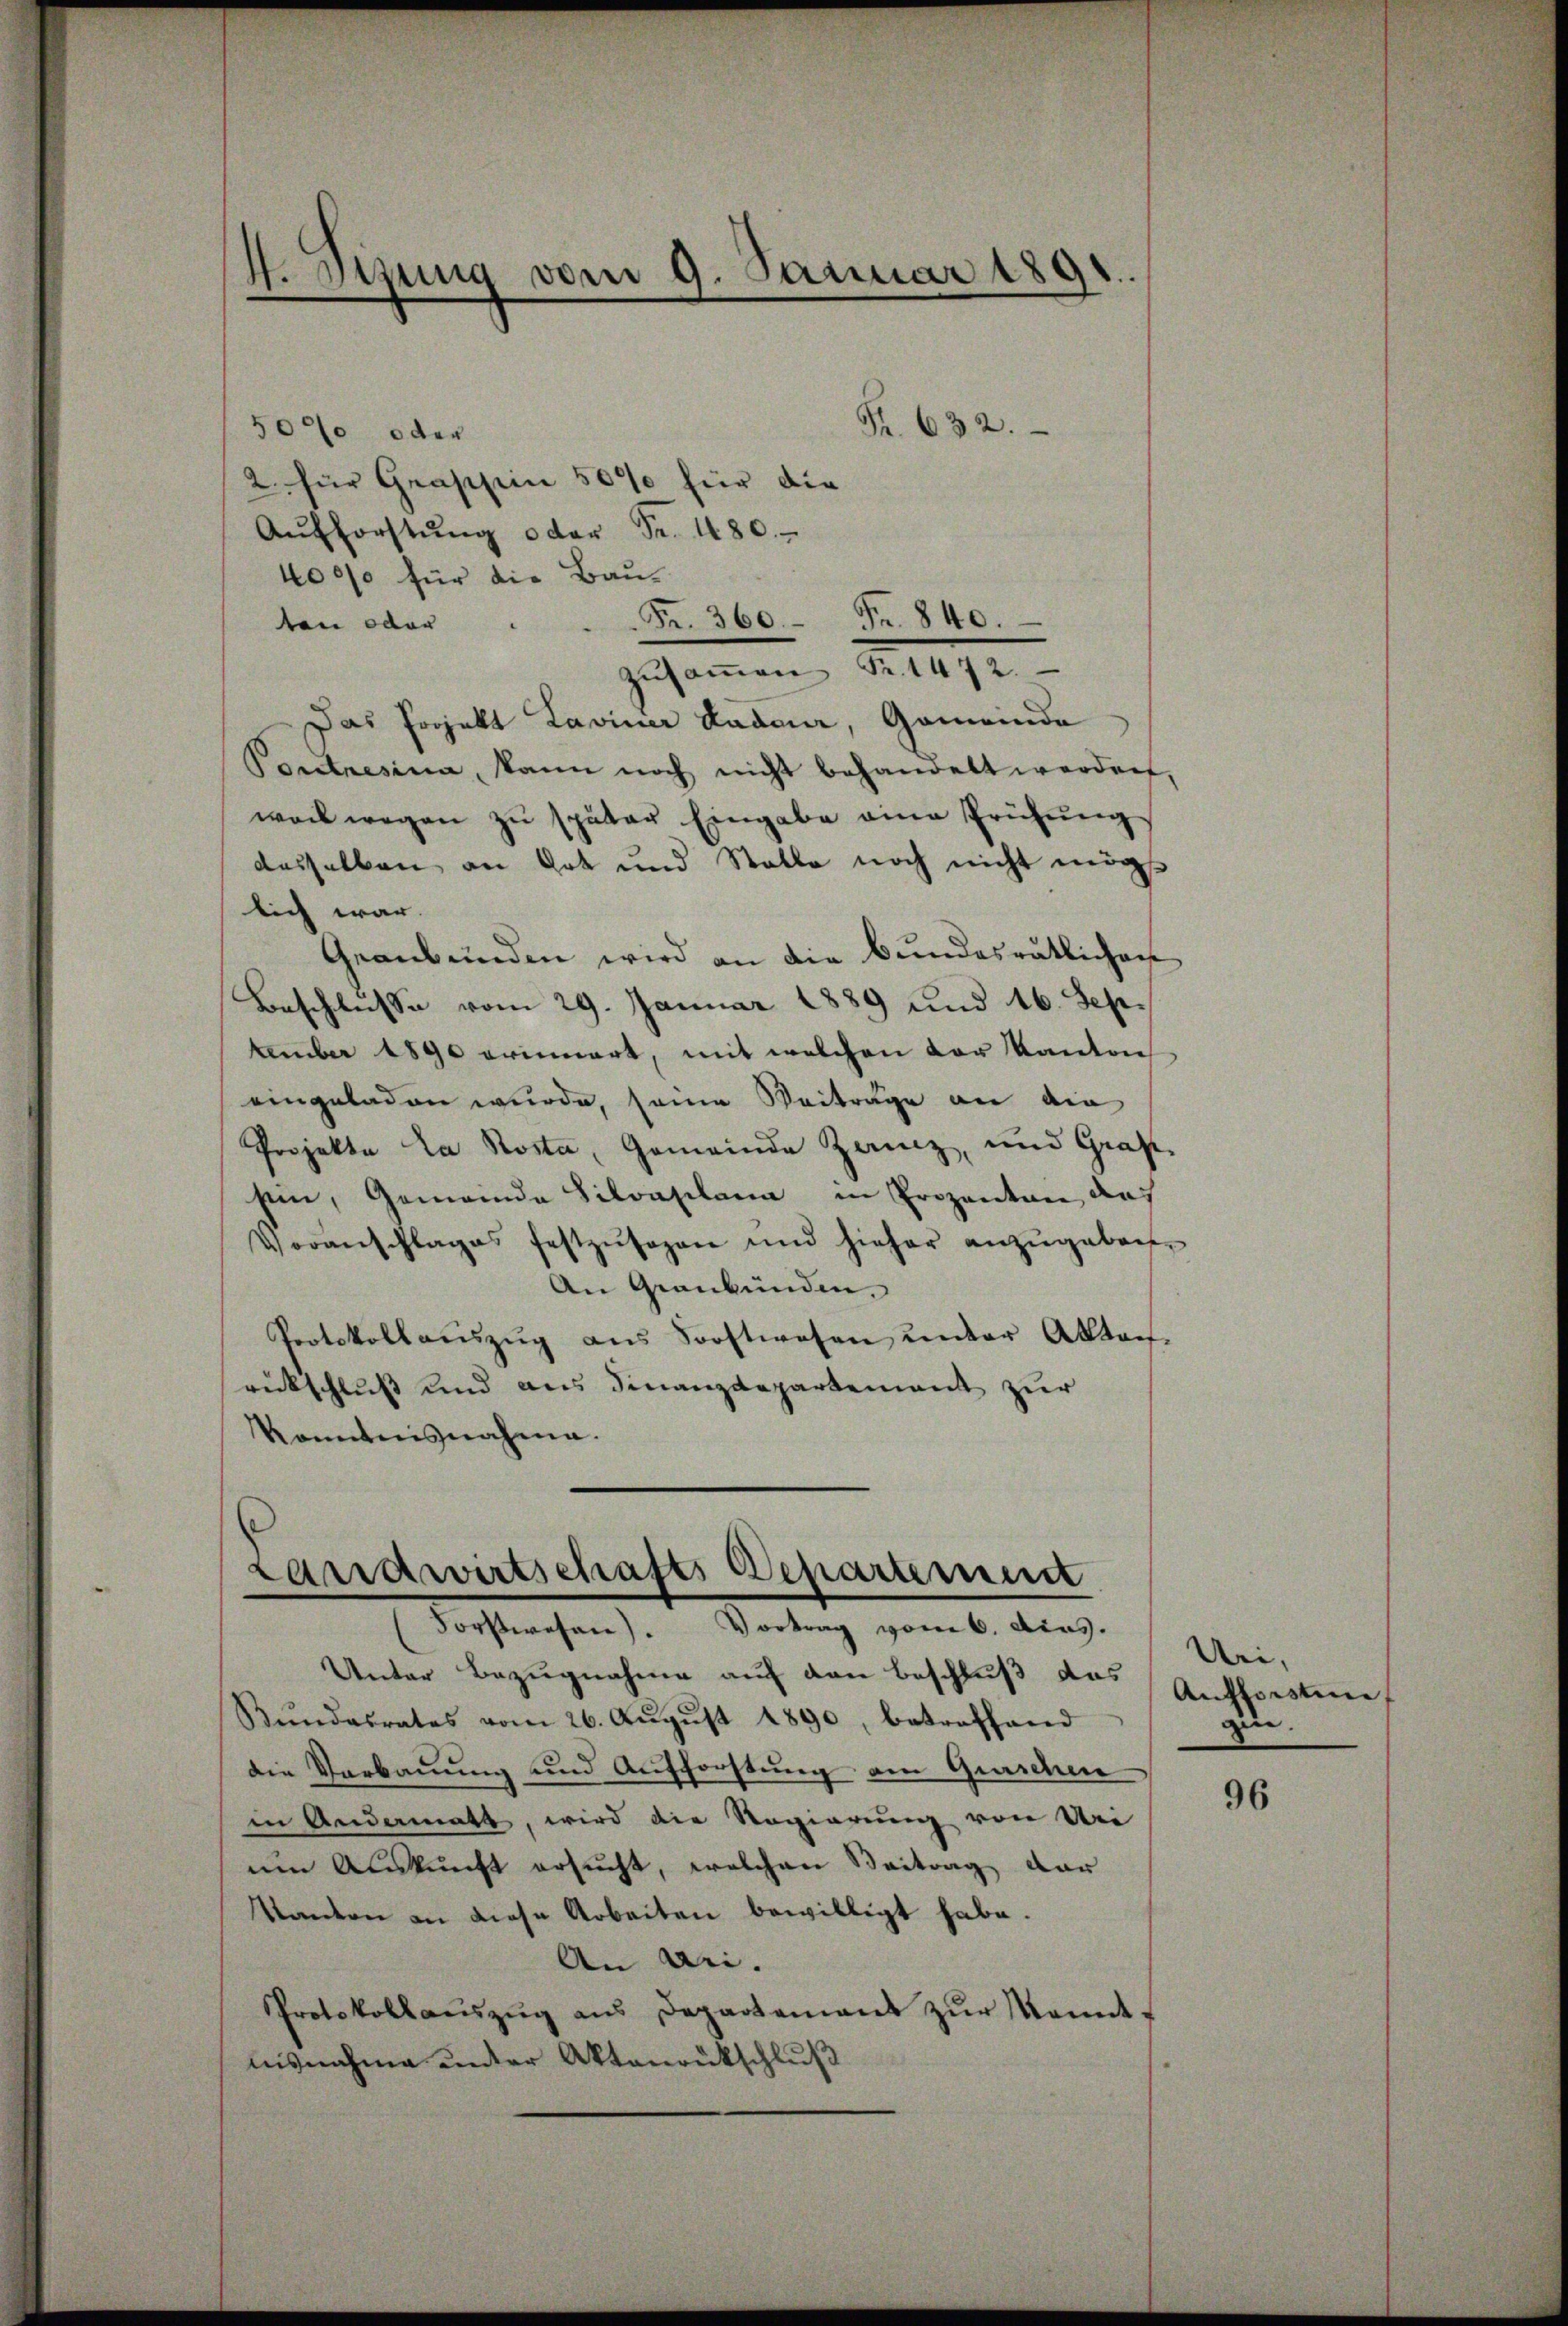
Fr. 632.
5000 oder
2. für Graschein 50% für die
Aŭfforstŭng oder Fr. 480.
4000 für die Bau-
ten oder
.
Das Projekt Laviner Laden, Gemeinda
Pontnesina, kann noch nicht behandelt werden,
weil wegen zŭ später Eingabe eine Prüfŭng
desselben an Got und Stelle noch nicht mögt
lich war.
Geanbünden wird an die Bundesrätlichen
Beschlusse vom 29. Januar 1889 und 16. Sep.
tember 1890 erinnert, mit welchen der Kanton
eingeladen wurde, seine Beitrage an die
Projekte La Kosta, Gemeinde Zanz, und Grafe
sein, Gemeinde Silvaplana in Prozenten das
Voranschlages festzŭsagen und hieher anzŭgebach-
An Graubünden.
Protokollaŭszŭg ans Sorstwesen ŭnter Akten-
rückschluß und aus Finanzdepartement zur
kanntnisnahme.

4. Jung vom 9. Januar 1891.

Fr. 360. Fr. 840.
zŭsaṁen Fr. 1472.

Landwirtschafts Departement
Forstwesen). Vortrag vom 6. Acas.

Unter Bezugnahme auf den Beschluß das
Bŭndesrates vom 26. Aŭgŭst 1890, betroffend
die Verbauung und Aufforstung am Graschen
in Andermatt, wird die Regierung von Uri
um Auskunft ersucht, welchen Beitrag dar
Wandern an diese Arbeiten bewilligt habe.
An bei.
Protokollaŭszŭg ans Departement zŭr Mondt-
nisnahme unter Aktenrückschluß

Uri,
Aufforsten,
zin.

96